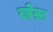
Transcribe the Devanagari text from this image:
खेरू